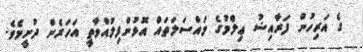
ގެ އަރިހުން ފަރާއިޟު ޢިލްމުގެ މައްސަލަތައް އޮޅުންފިލުއްވާތީ އަހަރެން ދުށީމެވެ.